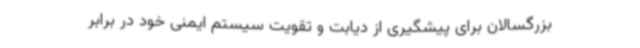
بزرگسالان برای پیشگیری از دیابت و تقویت سیستم ایمنی خود در برابر